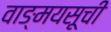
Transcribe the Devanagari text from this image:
वाङ्मयसूची